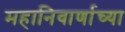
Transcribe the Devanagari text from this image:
महानिवार्णाच्या